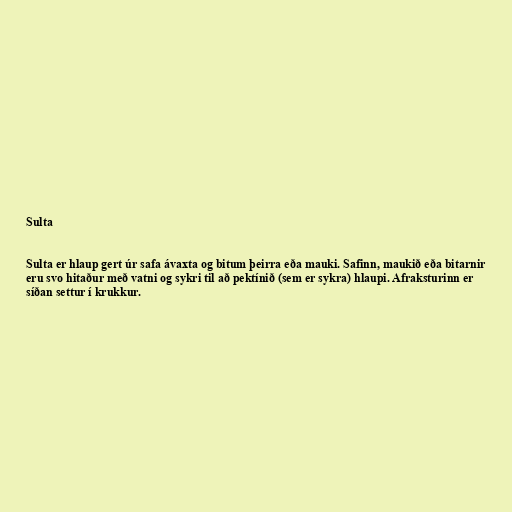
Sulta

Sulta er hlaup gert úr safa ávaxta og bitum þeirra eða mauki. Safinn, maukið eða bitarnir
eru svo hitaður með vatni og sykri til að pektínið (sem er sykra) hlaupi. Afraksturinn er
síðan settur í krukkur.